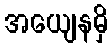
အယျေနမှိ